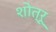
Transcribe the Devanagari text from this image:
शोत्रू